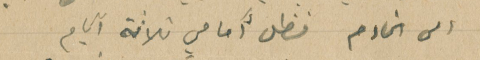
الى الخادم فظل أَمامي ثلاثة آيام